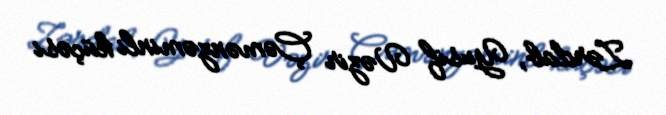
Zərdab, Yusif Vəzir Çəmənzəminli küçəsi